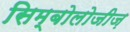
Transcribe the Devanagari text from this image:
सिम्बोलोजीज़